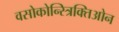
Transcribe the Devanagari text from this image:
वसोकोन्स्त्रिक्तिओन